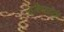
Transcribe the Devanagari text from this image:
पट्टशिष्यापैकी